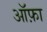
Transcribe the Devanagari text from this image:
ऑफ़ा